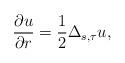
LaTeX: \begin{align*}\frac{\partial u}{\partial r}=\frac{1}{2}\Delta_{s,\tau}u,\end{align*}